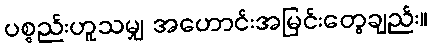
ပစ္စည်းဟူသမျှ အဟောင်းအမြင်းတွေချည်း။